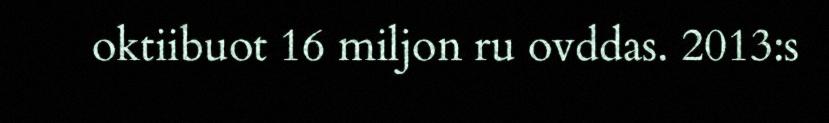
oktiibuot 16 miljon ru ovddas. 2013:s